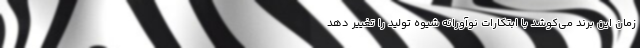
زمان این برند می‌کوشد با ابتکارات نوآورانه شیوه تولید را تغییر دهد